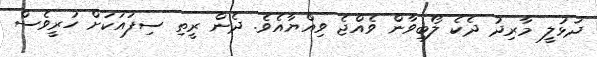
ދަޅުލީ މާރިދު ދެކެ ލޯބިވާން ވެއްޖެ ވިއްޔާއެވެ. ދެން ރީތި ސިފައަކަށް ހުރީވެސް